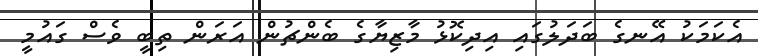
އެކަމަކު އޭނގެ ބަދަލުގައި އިދިކޮޅު މާޒިޔާގެ ބެންޗުން އަރަން ތިބީ ވެސް ގައުމީ